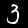
Digit: 3